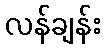
လန်ချန်း